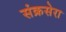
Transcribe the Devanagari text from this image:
संक्रसेरा